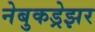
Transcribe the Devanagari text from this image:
नेबुकड्रेझर